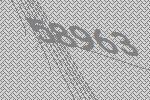
58963